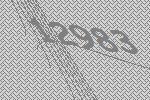
12983